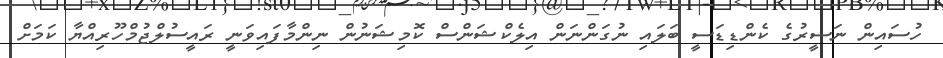
ހުސައިން ނަސީރުގެ ކެންޑިޑަސީ ބަލައި ނުގަންނަން އިލެކްޝަންސް ކޮމިޝަނުން ނިންމާފައިވަނީ ރައީސުލްޖުމްހޫރިއްޔާ ކަމަށް